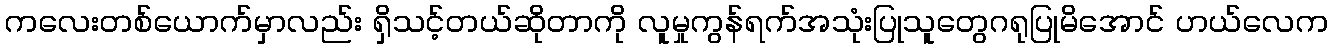
ကလေးတစ်ယောက်မှာလည်း ရှိသင့်တယ်ဆိုတာကို လူမှုကွန်ရက်အသုံးပြုသူတွေဂရုပြုမိအောင် ဟယ်လေက